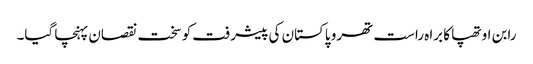
رابن اوتھپا کا براہ راست تھرو پاکستان کی پیشرفت کو سخت نقصان پہنچا گیا۔